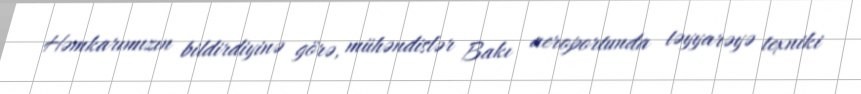
Həmkarımızın bildirdiyinə görə, mühəndislər Bakı aeroportunda təyyarəyə texniki